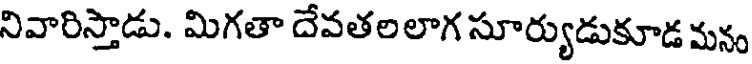
నివారిస్తాడు. మిగతా దేవతలలాగ సూర్యుడుకూడ మనం